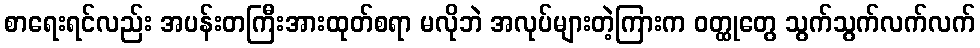
စာရေးရင်လည်း အပန်းတကြီးအားထုတ်စရာ မလိုဘဲ အလုပ်များတဲ့ကြားက ဝတ္ထုတွေ သွက်သွက်လက်လက်